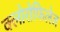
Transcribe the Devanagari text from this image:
क्लोरोफिलेज